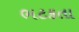
ભટકતા